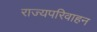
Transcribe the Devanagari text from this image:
राज्यपरिवाहन